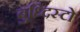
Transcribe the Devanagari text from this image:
बुध्दिस्टो